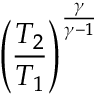
\left( { \frac { T _ { 2 } } { T _ { 1 } } } \right) ^ { \frac { \gamma } { \gamma - 1 } }